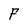
Character: F